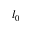
l _ { 0 }